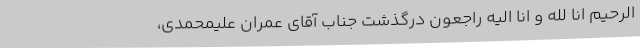
الرحیم انا لله و انا الیه راجعون درگذشت جناب آقای عمران علیمحمدی،